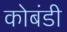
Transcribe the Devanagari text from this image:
कोबंडी